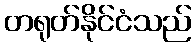
တရုတ်နိုင်ငံသည်